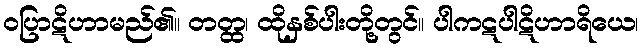
ဝပြာဋိဟာမည်၏။ တတ္ထ၊ ထိုနှစ်ပါးတို့တွင်။ ပါကဋပါဋိဟာရိယေ၊